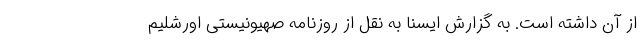
از آن داشته است. به گزارش ایسنا به نقل از روزنامه صهیونیستی اورشلیم